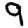
Digit: 9